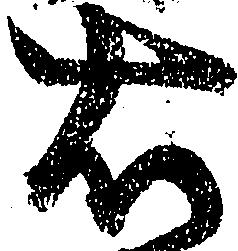
右